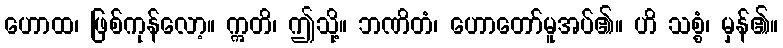
ဟောထ၊ ဖြစ်ကုန်လော့။ ဣတိ၊ ဤသို့။ ဘဏိတံ၊ ဟောတော်မူအပ်၏။ ဟိ သစ္စံ၊ မှန်၏။